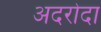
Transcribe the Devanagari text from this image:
अदरोदा